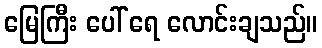
မြေကြီး ပေါ် ရေ လောင်းချသည်။